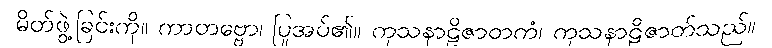
မိတ်ဖွဲ့ခြင်းကို။ ကာတဗ္ဗော၊ ပြုအပ်၏။ ကုသနာဠိဇာတကံ၊ ကုသနာဠိဇာတ်သည်။